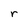
Character: r